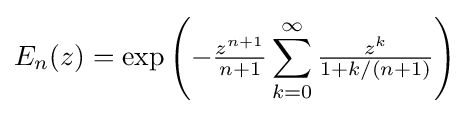
{\textstyle \displaystyle E_{n}(z)=\exp \left(-{\tfrac {z^{n+1}}{n+1}}\sum _{k=0}^{\infty }{\tfrac {z^{k}}{1+k/(n+1)}}\right)}